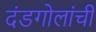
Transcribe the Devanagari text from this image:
दंडगोलांची